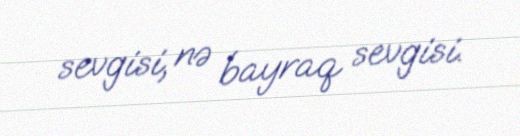
sevgisi, nə bayraq sevgisi.